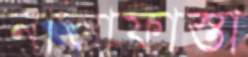
নাস্তাফাস্তা